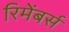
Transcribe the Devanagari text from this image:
रिमेंबर्स